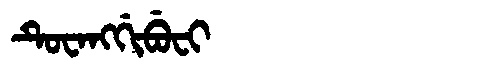
Manchu: ᡨᡠᠸᠠᠩᡤᡳᠪᡠᠸᡳ
Romanization: TUWANGGIBUFI